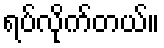
ရပ်လိုက်တယ်။